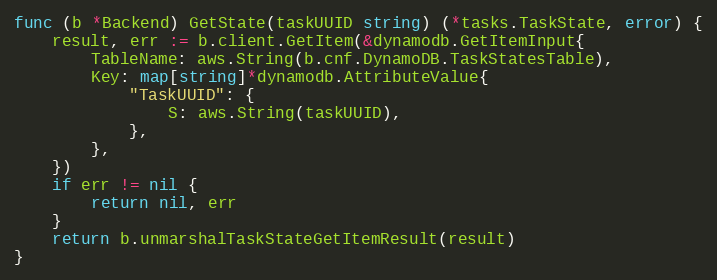
Language: Go
func (b *Backend) GetState(taskUUID string) (*tasks.TaskState, error) {
	result, err := b.client.GetItem(&dynamodb.GetItemInput{
		TableName: aws.String(b.cnf.DynamoDB.TaskStatesTable),
		Key: map[string]*dynamodb.AttributeValue{
			"TaskUUID": {
				S: aws.String(taskUUID),
			},
		},
	})
	if err != nil {
		return nil, err
	}
	return b.unmarshalTaskStateGetItemResult(result)
}